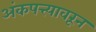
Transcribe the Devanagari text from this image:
अंकपत्त्यावरून